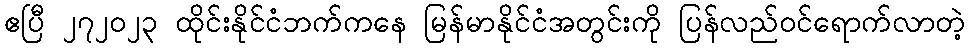
ဧပြီ ၂၇၂၀၂၃ ထိုင်းနိုင်ငံဘက်ကနေ မြန်မာနိုင်ငံအတွင်းကို ပြန်လည်ဝင်ရောက်လာတဲ့